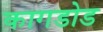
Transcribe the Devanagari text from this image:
कागडोड